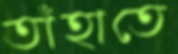
তাঁহাতে